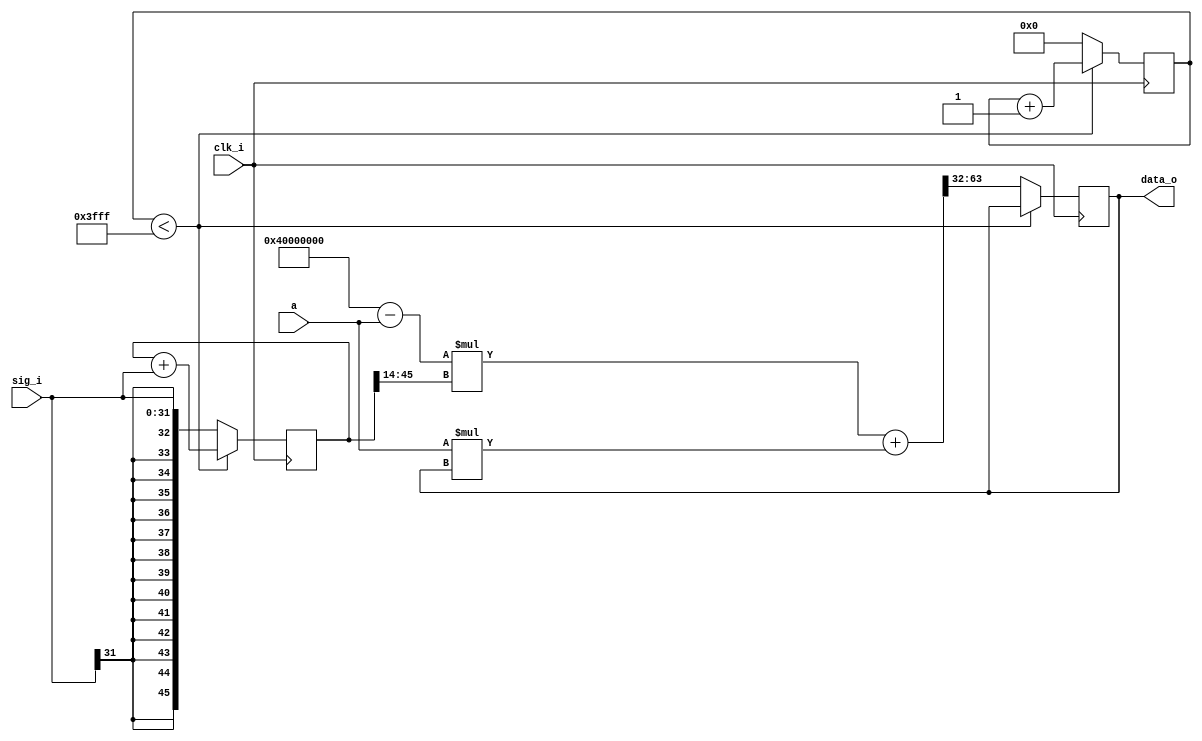
/////////////////////
// Low pass filter //
/////////////////////

// Infinite impulse response first order low pass filter
// Averages over AVG clock cycles to make the filter more efficient at low frequencies
// Outputs [c1*I(t)+c2*I(t-1)], with c1+c2=1, and c2 determining the time constant of the low pass



`timescale 1ns / 1ps



module LPF #(

    parameter AXIS_TDATA_WIDTH = 32,    
    parameter ADC_DATA_WIDTH  = 14)(
    
    input                               clk_i,      // clock in
    input   [AXIS_TDATA_WIDTH-1:0]      sig_i,      // signal in
    output  [AXIS_TDATA_WIDTH-1:0]      data_o,     // data output
    input   [AXIS_TDATA_WIDTH-1:0]      a           // sets the time constant of the low pass
    );
    


localparam  [AXIS_TDATA_WIDTH-1:0]      one = 32'b01000000000000000000000000000000;     // first bit sets the sign, so it has to be zero
                                                                                        
localparam                              AVG = 16384;
localparam                              AVGl = 14;
reg         [AVGl-1:0]                  AVGc = 0;

reg         [AXIS_TDATA_WIDTH+AVGl-1:0] sum = 0;
reg         [AXIS_TDATA_WIDTH-1:0]      sig = 0;


reg         [AXIS_TDATA_WIDTH-1:0]      sig_reg = 0;
reg         [AXIS_TDATA_WIDTH-1:0]      data_reg = 0;
reg         [2*AXIS_TDATA_WIDTH-1:0]    mult = 0;

wire        [AXIS_TDATA_WIDTH-1:0]      c1;
wire        [AXIS_TDATA_WIDTH-1:0]      c2;

assign c1 = $signed(one) - $signed(a);
assign c2 = $signed(a);

always @(posedge clk_i) begin
    if (AVGc < AVG-1) begin
        sig = sig_i;
        sum = $signed(sum) + $signed(sig);
        AVGc = AVGc + 1;
    end else begin
        sig = sig_i;
        mult         = $signed(c1)*$signed(sum[AXIS_TDATA_WIDTH+AVGl-1:AVGl]) + $signed(c2)*$signed(data_reg);
        data_reg     = mult[2*AXIS_TDATA_WIDTH-1:AXIS_TDATA_WIDTH];
        AVGc         = 0;
        sum          = $signed(sig);
    end
end

assign data_o = data_reg;

    
endmodule